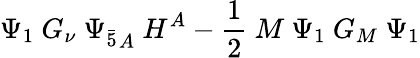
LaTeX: \Psi_{1}~G_{\nu}~{\Psi_{\bar{5}}}_{A}~H^{A}-\frac{1}{2}~M~\Psi_{1}~G_{M}~\Psi_{1}